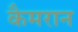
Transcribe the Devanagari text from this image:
कैमरान